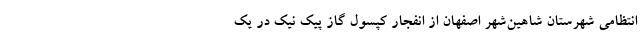
انتظامی شهرستان شاهین‌شهر اصفهان از انفجار کپسول گاز پیک نیک در یک